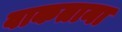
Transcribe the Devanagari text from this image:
वाकताना